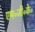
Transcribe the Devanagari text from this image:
एम॰जी॰के॰